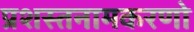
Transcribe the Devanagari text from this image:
प्रशस्तनामकरणो